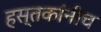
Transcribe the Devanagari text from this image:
हस्तकांनीच